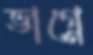
ভাগ্নে